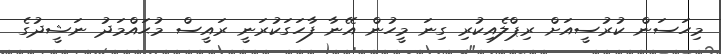
މިހަސަން ކުރުސީއަށް ރިޕްލެއިކުރި ގިނަ މީހުން އޭނާ ފާހަގަކުރަނީ ރައީސް މުޙައްމަދު ނަޝީދުގެ